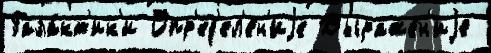
Гала́кт'ик'и Опр'ед'ел'е́н'иjе Выраже́н'иjе